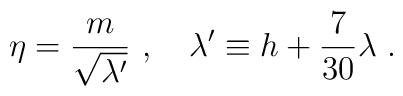
\eta = {m \over {\sqrt{\lambda '}}} \ , \ \ \ \lambda ' \equiv h+ {7\over {30}}\lambda \ .